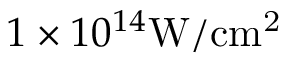
1 \times 1 0 ^ { 1 4 } \mathrm { W / c m ^ { 2 } }